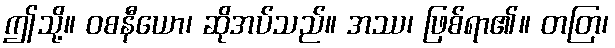
ဤသို့။ ဝစနီယော၊ ဆိုအပ်သည်။ အဿ၊ ဖြစ်ရာ၏။ တတြ၊